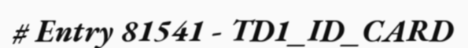
# Entry 81541 - TD1_ID_CARD